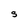
Character: S